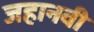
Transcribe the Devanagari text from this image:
जहानवी